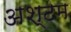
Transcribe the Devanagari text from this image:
अश्टम